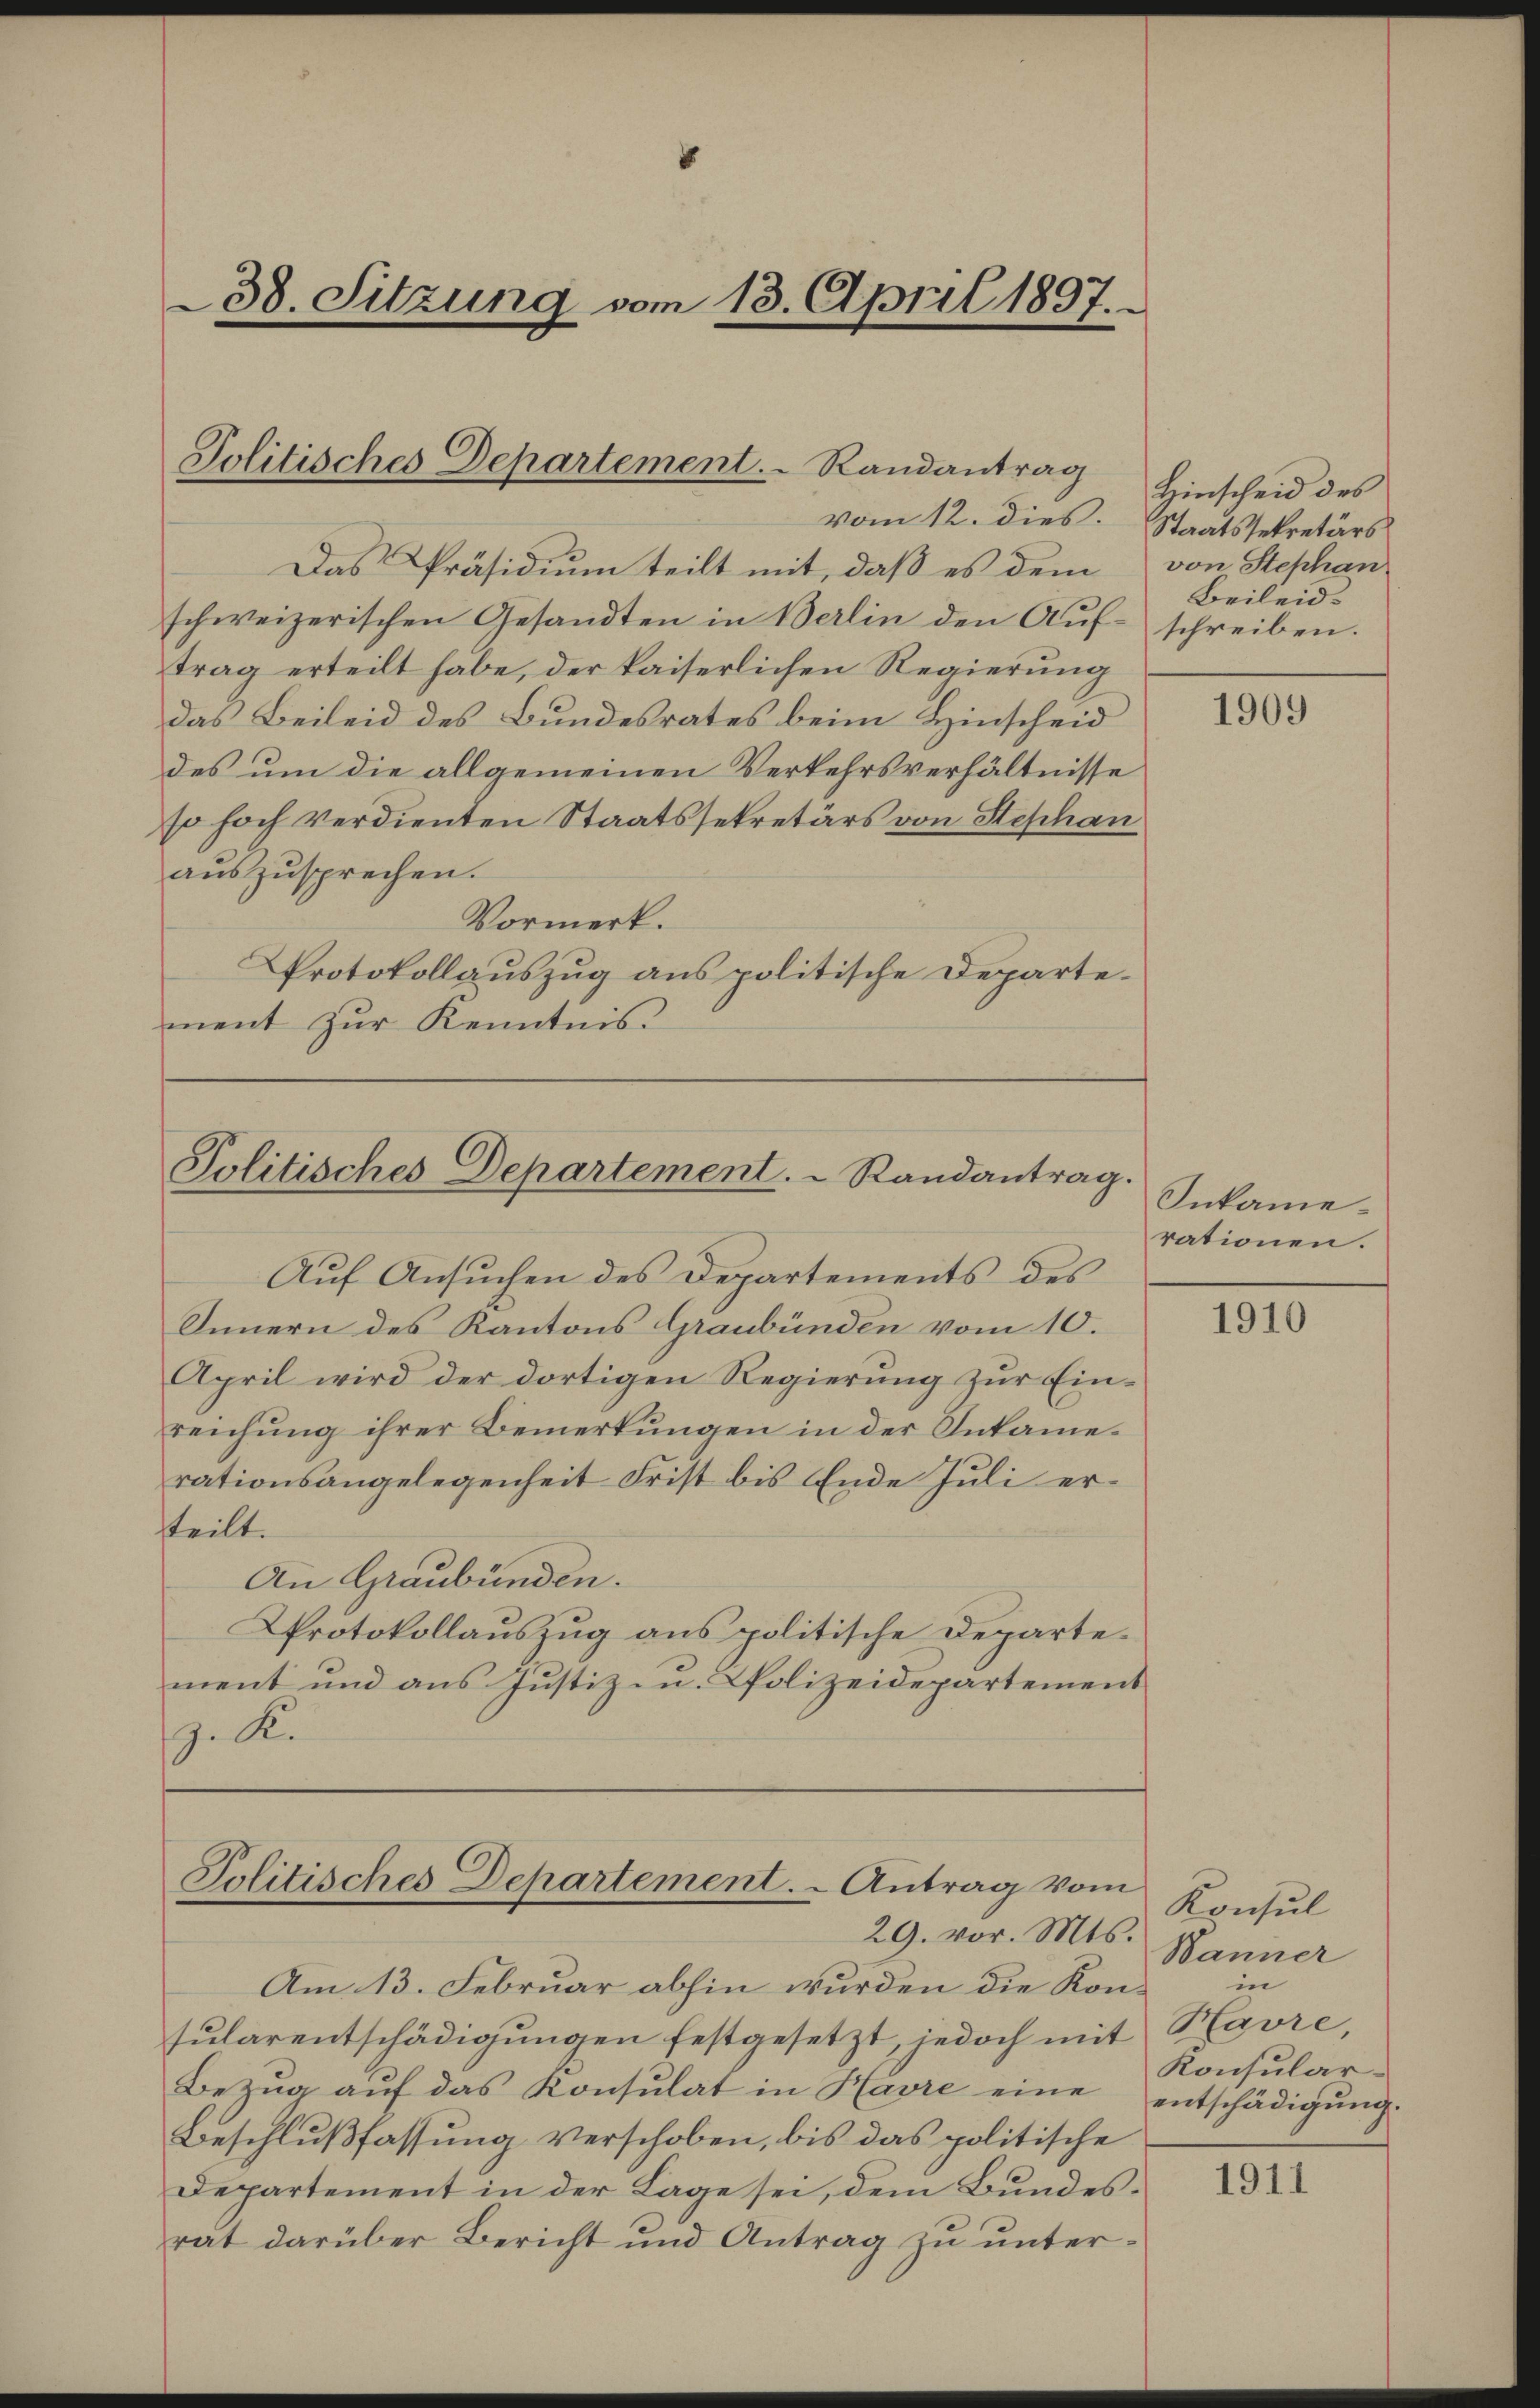
vom 12. dies. Staatssekretärs
Das Präsidium teilt mit, daß es dem von Stephan
schweizerischen Gesandten in Berlin den Auf- schreiben.
trag erteilt habe, der kaiserlichen Regierung
das Beileid des Bundesrates beim Hinscheid
des um die allgemeinen Verkehrsverhältnisse
so hoch verdienten Staatssekretärs von Stephan
auszusprechen.
Vormerk.
Protokollauszug aus politische Departement zur Kenntnis.

8
38. Sitzung vom 18. April 1897.

Politisches Departement.   Randantrag

Politisches Departement.   Randantrag.

Politisches Departement. - Antrag vom

Hinscheid des
Beileid.

Auf Ansuchen des Departements des
Innern des Kantons Graubünden vom 10.
April wird der dortigen Regierung zur Einreichung ihrer Bemerkungen in der Inkamerationsangelegenheit Frist bis Ende Juli ersteilt.
An Graubünden.
Protokollauszug aus politische Departement und aus Justiz- u. Polizeidepartement
9. K.

29. vor. Mts.
Am 13. Februar abhin wurden die Konsularentschädigungen festgesetzt, jedoch mit Havre,
Bezŭg aŭf das Konsulat in Havre eine entschädigŭng.
Beschlußfassung verschoben, bis das politische
Departement in der Lage sei, dem Bundesrat darüber Bericht und Antrag zu unter¬

1909

Inkame
rationen.

1910

Konsul
Banner
in
Konsular¬

1911